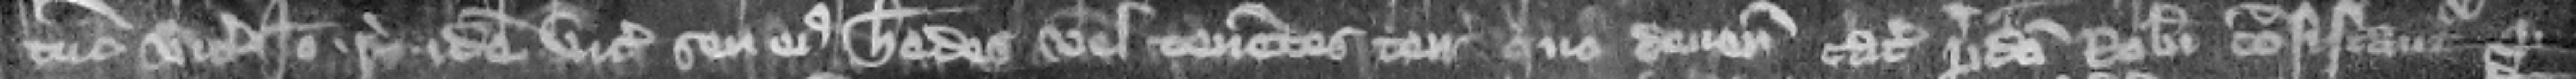
tun vicecomitis. per. Ideo respondeat idem vicecomes seu eius heredes vel tenentes terras quo deuenit. Catalla predicti Roberti confiscantur pro